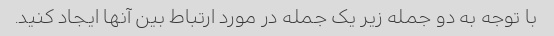
با توجه به دو جمله زیر یک جمله در مورد ارتباط بین آنها ایجاد کنید.